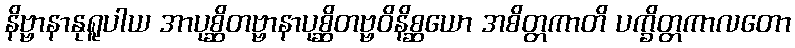
နိဗ္ဗာနာနုရူပါယ အာပုစ္ဆိတဗ္ဗာနာပုစ္ဆိတဗ္ဗဝိနိစ္ဆယော အစိတ္တကာတိ ပက္ခိတ္တကာလတော